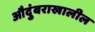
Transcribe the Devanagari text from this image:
औदुंबराखालील